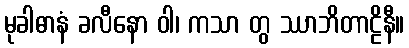
မုခါဓာနံ ခလီနော ဝါ၊ ကသာ တွ ဿာဘိတာဠိနီ။